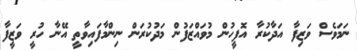
ނަމަވެސް ވަޒިފާ އަދާކުރާ އޮފީހުން މުވައްޒަފުން މަދުކުރަން ނިންމާފައިވާތީ އޭނާ ހުރީ ވަޒީފާ